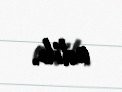
edib.